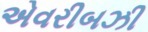
એવરીબઝી